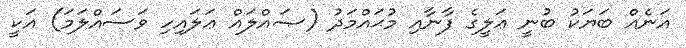
އަނެއް ބަޔަކު ބުނީ ޢަލީގެ ފާނާއި މުޙައްމަދު (ޞައްލައް ޢަލައިހި ވަސައްލަމަ) އަކީ